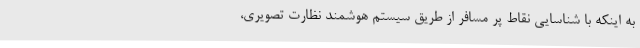
به اینکه با شناسایی نقاط پر مسافر از طریق سیستم هوشمند نظارت تصویری،